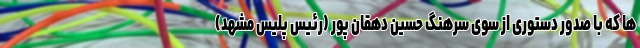
ها که با صدور دستوری از سوی سرهنگ حسین دهقان پور (رئیس پلیس مشهد)